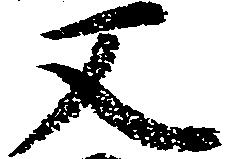
又